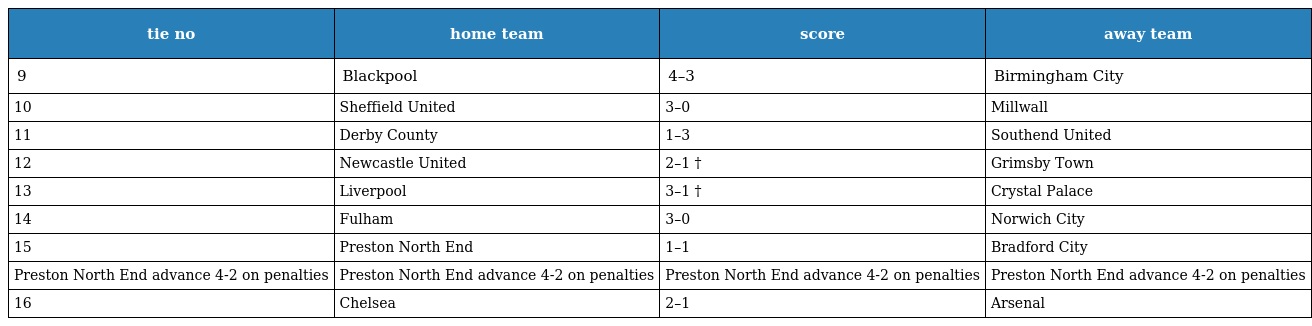
| tie no | home team | score | away team |
 | --- | --- | --- | --- |
 | 9 | Blackpool | 4–3 | Birmingham City |
 | 10 | Sheffield United | 3–0 | Millwall |
 | 11 | Derby County | 1–3 | Southend United |
 | 12 | Newcastle United | 2–1 † | Grimsby Town |
 | 13 | Liverpool | 3–1 † | Crystal Palace |
 | 14 | Fulham | 3–0 | Norwich City |
 | 15 | Preston North End | 1–1 | Bradford City |
 | Preston North End advance 4-2 on penalties | Preston North End advance 4-2 on penalties | Preston North End advance 4-2 on penalties | Preston North End advance 4-2 on penalties |
 | 16 | Chelsea | 2–1 | Arsenal |